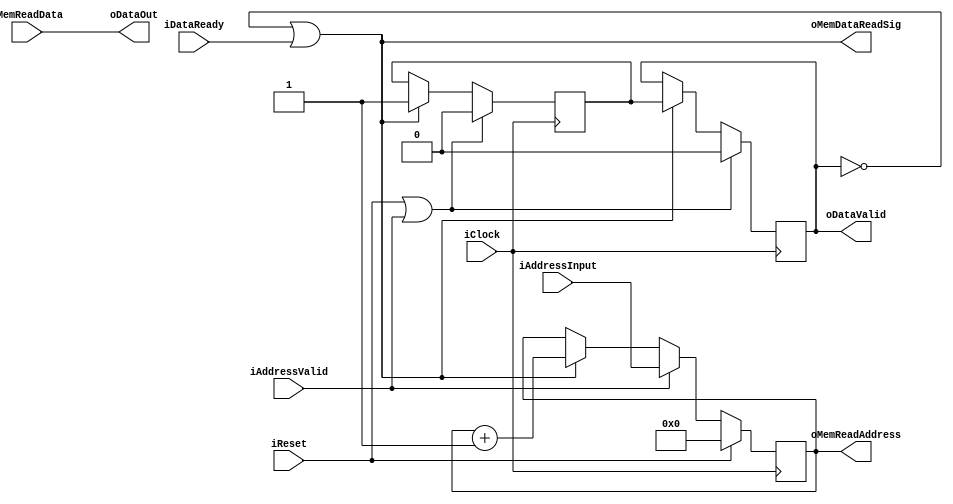
module BRAMPopControl
#
(
    parameter BRAMAddressWidth  =   8   ,
    parameter DataWidth         =   32
)
(
    iClock          ,
    iReset          ,
    iAddressInput   ,
    iAddressValid   ,
    oDataOut        ,
    oDataValid      ,
    iDataReady      ,
    oMemReadAddress ,
    iMemReadData    ,
    oMemDataReadSig
);

    input                               iClock          ;
    input                               iReset          ;
    input   [BRAMAddressWidth - 1:0]    iAddressInput   ;
    input                               iAddressValid   ;
    output  [DataWidth - 1:0]           oDataOut        ;
    output                              oDataValid      ;
    input                               iDataReady      ;
    output  [BRAMAddressWidth - 1:0]    oMemReadAddress ;
    input   [DataWidth - 1:0]           iMemReadData    ;
    output                              oMemDataReadSig ;
    
    reg     [BRAMAddressWidth - 1:0]    rReadAddress    ;
    reg                                 rValidSigOut    ;
    reg                                 rValidSigNextOut;
    
    assign oMemReadAddress  = rReadAddress;
    assign oMemDataReadSig  = (!rValidSigOut || iDataReady);
    
    always @ (posedge iClock)
        if (iReset)
            rReadAddress <= {(BRAMAddressWidth){1'b0}};
        else
            if (iAddressValid)
                rReadAddress <= iAddressInput;
            else if (oMemDataReadSig)
                rReadAddress <= rReadAddress + 1'b1;
    
    always @ (posedge iClock)
        if (iReset || iAddressValid)
        begin
            rValidSigOut        <= 1'b0;
            rValidSigNextOut    <= 1'b0;
        end
        else
        begin
            if (!rValidSigOut || iDataReady)
            begin
                rValidSigOut        <= rValidSigNextOut;
                rValidSigNextOut    <= oMemDataReadSig;
            end
        end
    
    assign oDataOut     = iMemReadData;
    assign oDataValid   = rValidSigOut;

endmodule